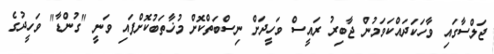
ޖަލްސާގައި ވާހަކަދައްކަވަމުން ޖާބިރު ރައީސް ވަހީދަށް ނިސްބަތްކޮށް މުޚާތަބުކޮށްފައި ވަނީ "ގުންޑާ" ވަހީދުގެ